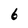
Character: 6